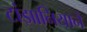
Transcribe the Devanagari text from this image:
टांझानियाने